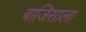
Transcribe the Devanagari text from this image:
बाजिसाला